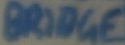
Text: BRIDGE